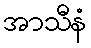
အာသီနံ